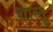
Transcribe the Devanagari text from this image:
शान्तू